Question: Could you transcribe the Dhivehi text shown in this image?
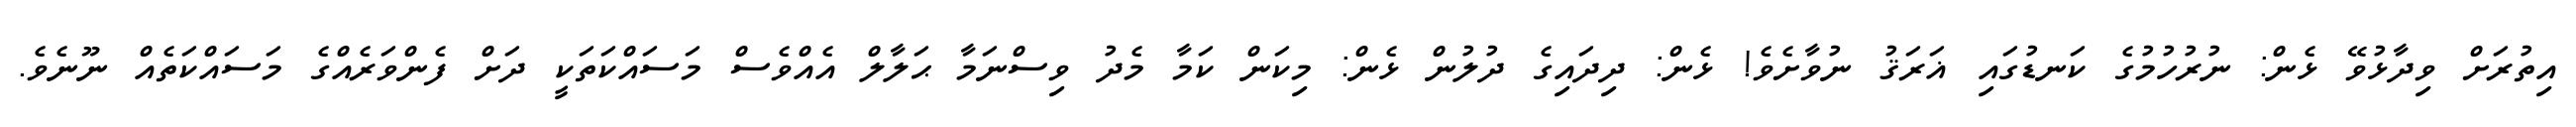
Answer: އިތުރަށް ވިދާޅުވޭ ޅެން: ނުރުހުމުގެ ކަނޑުގައި ޣަރަޤު ނުވާށެވެ! ޅެން: ދިދައިގެ ދުލުން ޅެން: މިކަން ކަމާ މެދު ވިސްނަމާ ޙަލާލް އެއްވެސް މަސައްކަތަކީ ދަށް ފެންވަރެއްގެ މަސައްކަތެއް ނޫނެވެ.